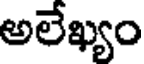
అలేఖ్యం